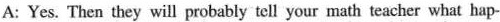
A:Yes. Then they will probably tell your math teacher what hap-